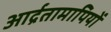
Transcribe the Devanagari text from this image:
आर्द्रतामापियों